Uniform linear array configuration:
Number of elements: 4
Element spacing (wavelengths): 0.75
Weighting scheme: hamming
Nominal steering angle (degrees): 45
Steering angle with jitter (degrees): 44.797
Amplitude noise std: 0.05
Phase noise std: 0.05

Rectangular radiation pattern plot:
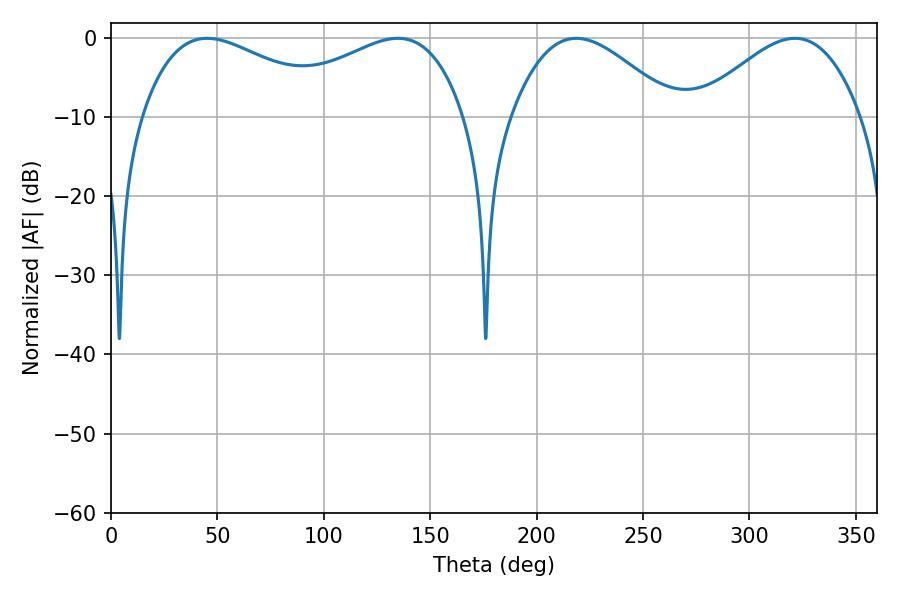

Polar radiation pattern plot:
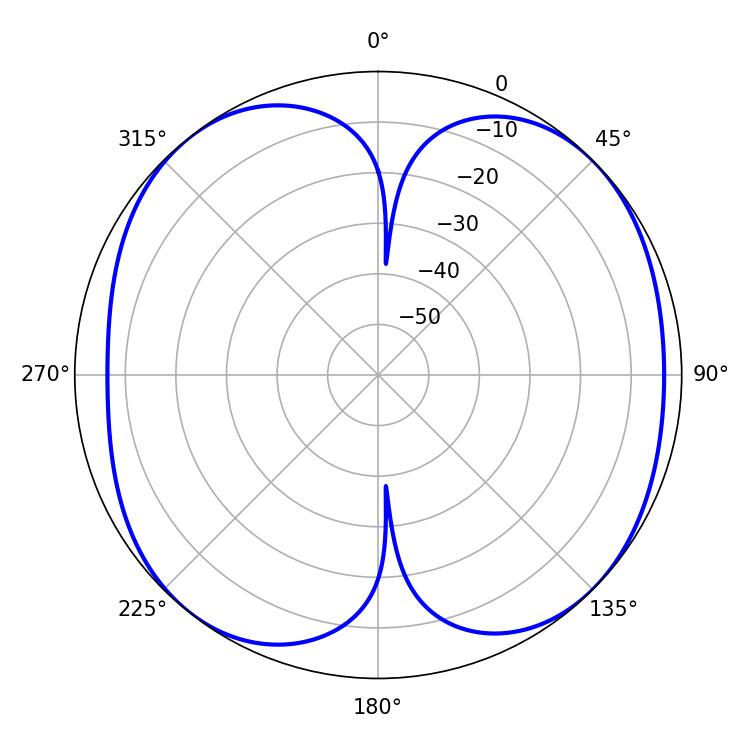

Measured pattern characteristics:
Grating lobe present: TRUE
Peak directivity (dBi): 9.41
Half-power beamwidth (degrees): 51.84
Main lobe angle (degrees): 45.18